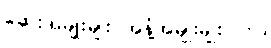
ဆေးအမျိုးမျိုး အနံ့အမျိုးမျိုးပါဘဲ။